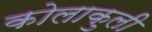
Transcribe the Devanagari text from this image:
कोलाकुली